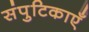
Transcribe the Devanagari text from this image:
संपुटिकाएँ